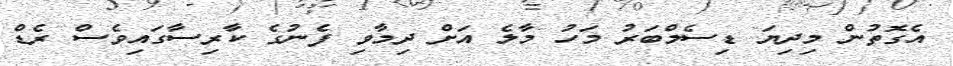
އެގޮތުން މިދިޔަ ޑިސެމްބަރު މަހު މާލެ އަށް ދިމާވި ފެނުގެ ކާރިސާގައިވެސް ރެޑް